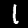
Digit: 1